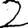
Digit: 2